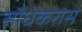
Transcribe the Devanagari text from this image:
सौंधेकरास